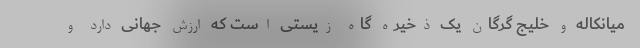
میانکاله و خلیج گرگان یک ذخیره گاه زیستی است که ارزش جهانی دارد و